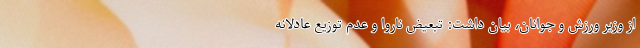
از وزیر ورزش و جوانان، بیان داشت: تبعیض ناروا و عدم توزیع عادلانه